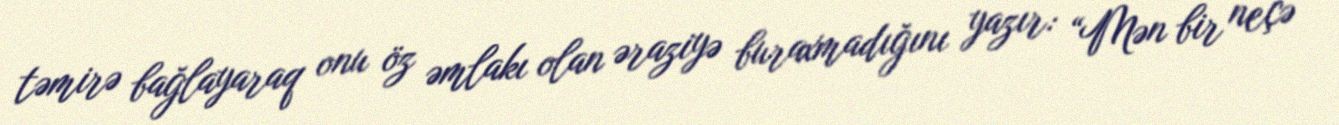
təmirə bağlayaraq onu öz əmlakı olan əraziyə buraxmadığını yazır: “Mən bir neçə